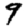
Digit: 9